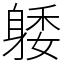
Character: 躷